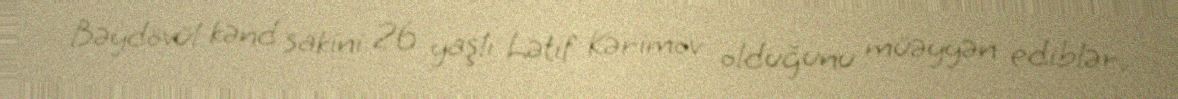
Bəydövül kənd sakini 26 yaşlı Lətif Kərimov olduğunu müəyyən ediblər.